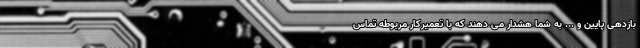
بازدهی پایین و ... به شما هشدار می دهند که با تعمیرکار مربوطه تماس